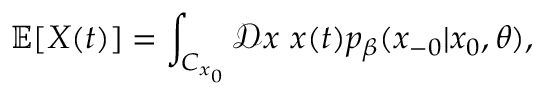
\operatorname { \mathbb { E } } [ X ( t ) ] = \int _ { C _ { x _ { 0 } } } \mathcal { D } x \ x ( t ) p _ { \beta } ( x _ { - 0 } | x _ { 0 } , \theta ) ,